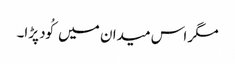
مگر اس میدان میں کُود پڑا۔